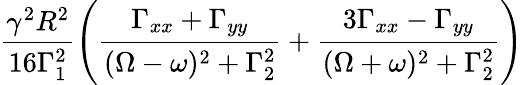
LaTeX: \frac{\gamma^{2}R^{2}}{16\Gamma_{1}^{2}}\left(\frac{\Gamma_{xx}+\Gamma_{yy}}{(\Omega-\omega)^{2}+\Gamma_{2}^{2}}+\frac{3\Gamma_{xx}-\Gamma_{yy}}{(\Omega+\omega)^{2}+\Gamma_{2}^{2}}\right)